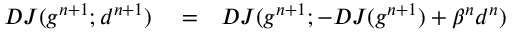
\begin{array} { r l r } { D J ( g ^ { n + 1 } ; d ^ { n + 1 } ) } & { { } = } & { D J ( g ^ { n + 1 } ; - D J ( g ^ { n + 1 } ) + \beta ^ { n } d ^ { n } ) } \end{array}